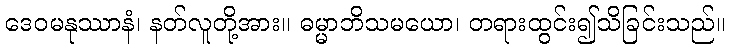
ဒေဝမနုဿာနံ၊ နတ်လူတို့အား။ ဓမ္မာဘိသမယော၊ တရားထွင်း၍သိခြင်းသည်။